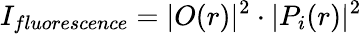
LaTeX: I_{fluorescence}=|O(r)|^{2}\cdot|P_{i}(r)|^{2}